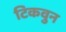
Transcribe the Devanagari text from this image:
टिकवुन